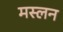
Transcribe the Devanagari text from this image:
मस्लन